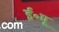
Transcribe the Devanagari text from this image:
ई॰पू